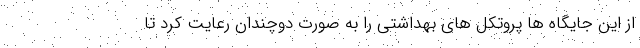
از این جایگاه ها پروتکل های بهداشتی را به صورت دوچندان رعایت کرد تا